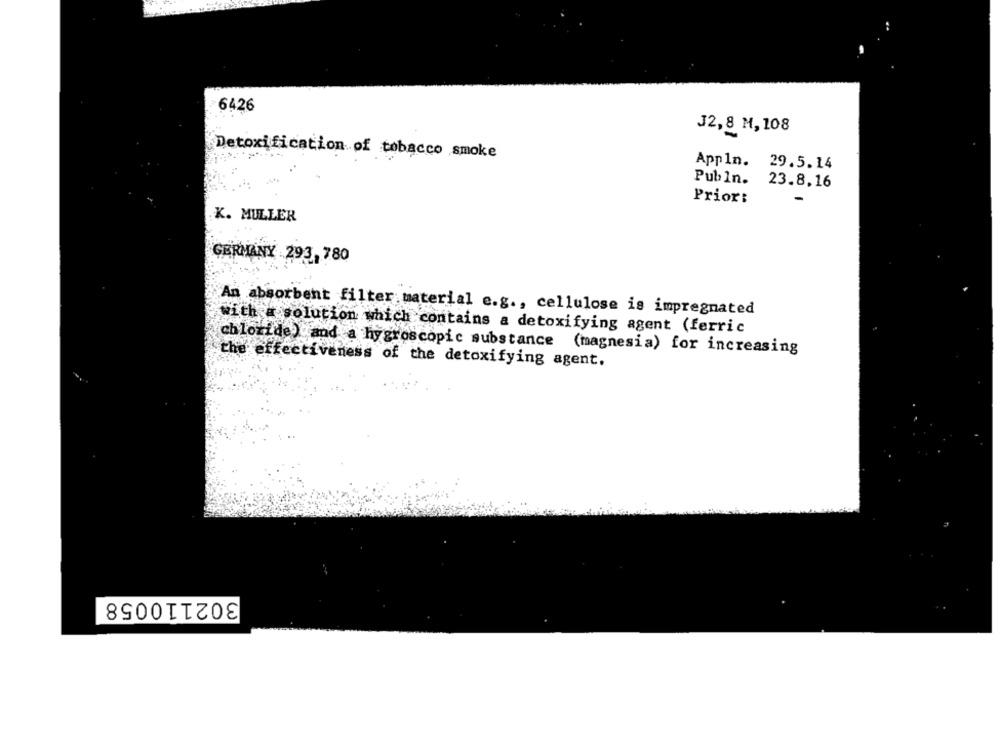
6426
J2,8 M, 108
Detoxification of tobacco smoke
Appln. 29.5.14
Publn. 23.8.16
Prior:
K. MULLER
GERMANY 293, 780
An absorbent filter material e.g ., cellulose is impregnated
With a solution which contains a detoxifying agent (ferric
chloride) and a hygroscopic substance (magnesia) for increasing
the effectiveness of the detoxifying agent.
302110058